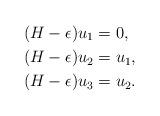
LaTeX: \begin{align*}(H-\epsilon)u_1 &=0,\\(H-\epsilon)u_2 &=u_1,\\(H-\epsilon)u_3 &=u_2.\end{align*}